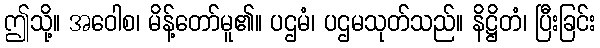
ဤသို့။ အဝေါစ၊ မိန့်တော်မူ၏။ ပဌမံ၊ ပဌမသုတ်သည်။ နိဋ္ဌိတံ၊ ပြီးခြင်း